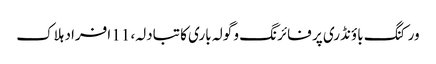
ورکنگ باؤنڈری پر فائرنگ و گولہ باری کا تبادلہ، 11 افراد ہلاک